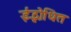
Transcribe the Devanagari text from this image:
ईद्भोधित